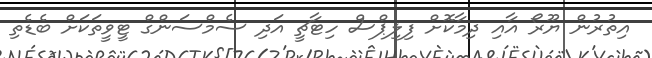
އިތުރުން ޔޫރޯ އާއި ދިމާކޮށް ފިލިޕްސް ހިޓާޗީ އަދި ސެމްސަންގް ޓީވީތަކަށް ބެޑެތި